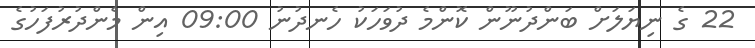
22 ގެ ނިޔަލަށް ބަންދުނޫން ކޮންމެ ދުވަހަކު ހެނދުނު 09:00 އިން މެންދުރުފަހުގެ